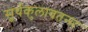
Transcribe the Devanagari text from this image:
सूर्यकुलावतन्स